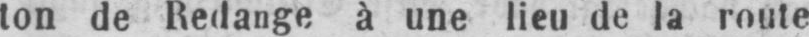
ton de Redange à une lieu de la route